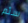
سئم